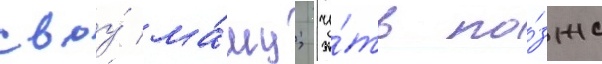
своу́ ма́му; чу́ть по́зже